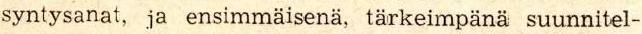
syntysanat, ja ensimmäisenä, tärkeimpänä suunnitel-